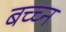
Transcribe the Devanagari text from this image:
बच्च्न